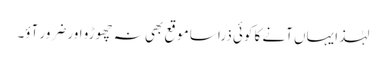
لہٰذا یہاں آنے کا کوئی ذرا سا موقع بھی نہ چھوڑو اور ضرور آؤ۔